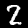
Label: 2